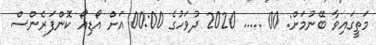
މަތީގައިވާ ބޭނުމަށް: 00 ..... 2020 ދުވަހުގެ 00:00 އަށް އޯޑިއޯ ކޮންފަރެންސް